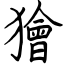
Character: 獪